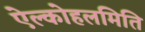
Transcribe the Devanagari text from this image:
ऐल्कोहलमिति